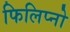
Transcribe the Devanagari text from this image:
फिलिप्नो